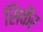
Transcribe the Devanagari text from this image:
सिकैर